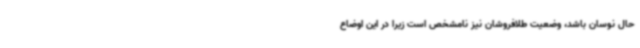
حال نوسان باشد، وضعیت طلافروشان نیز نامشخص است زیرا در این اوضاع